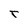
Character: r